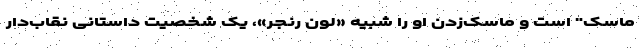
ماسک" است و ماسک‌زدن او را شبیه «لون رنجر»، یک شخصیت داستانی نقاب‌دار